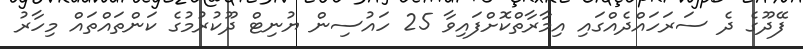
ފޭދޫގެ ދެ ސަރަހައްދެއްގައި އިމާރާތްކޮށްފައިވާ 25 ހައުސިން ޔުނިޓް ދޫކުރުމުގެ ކަންތައްތައް މިހާރު